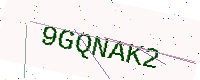
Text: 9GQNAK2